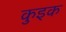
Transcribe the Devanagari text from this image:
कुइक